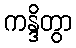
ကန္ဒိတွာ